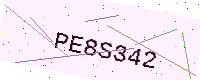
Text: PE8S342